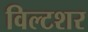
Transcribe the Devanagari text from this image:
विल्टशर